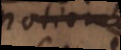
itione